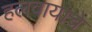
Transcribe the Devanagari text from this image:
हलवायाचे